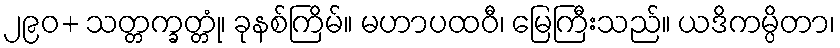
၂၉၀+ သတ္တက္ခတ္တုံ၊ ခုနစ်ကြိမ်။ မဟာပထဝီ၊ မြေကြီးသည်။ ယဒိကမ္ပိတာ၊